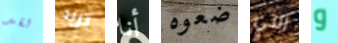
لقد تريد أنا ضعوه التي و